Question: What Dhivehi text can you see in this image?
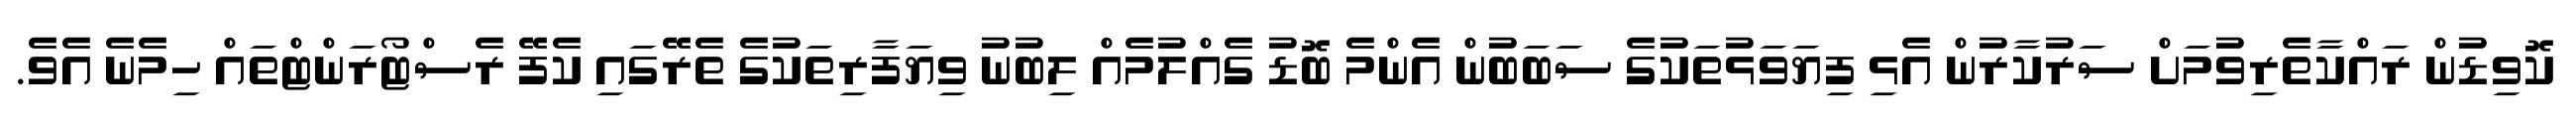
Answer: ކޮވިޑުން ރައްކާތެރިވުމަށް ސަރުކާރުން އެޅި ފިޔަވަޅުތަކުގެ ސަބަބުން އެންމެ ބޮޑު ގެއްލުމެއް ލިބުނު ވިޔަފާރިތަކުގެ ތެރޭގައި ކެފޭ ރެސްޓޯރަންޓްތައް ހިމެނެ އެވެ.